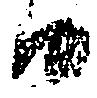
日